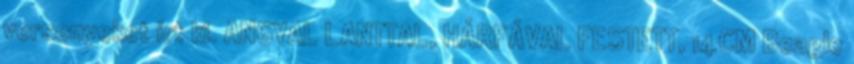
versenyeket írt ki. ANGYAL LANTTAL, HÁRFÁVAL FESTETT, 14CM Beagle